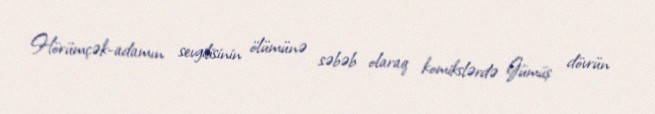
Hörümçək-adamın sevgilisinin ölümünə səbəb olaraq komikslərdə Gümüş dövrün